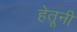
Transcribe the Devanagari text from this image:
हेतूनी